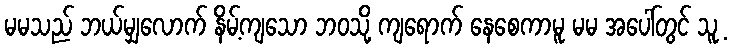
မမသည် ဘယ်မျှလောက် နိမ့်ကျသော ဘဝသို့ ကျရောက် နေစေကာမူ မမ အပေါ်တွင် သူ့